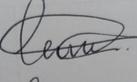
Signature authenticity: genuine